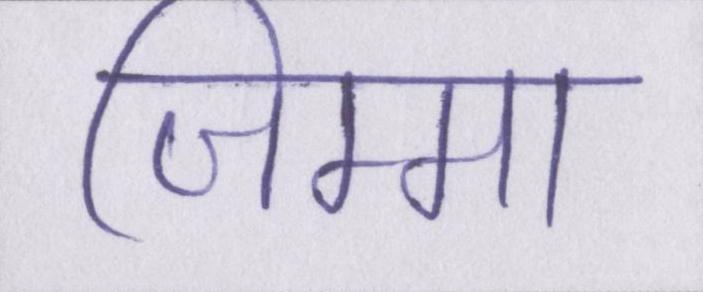
जिम्मा